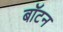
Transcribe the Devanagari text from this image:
बॉटन